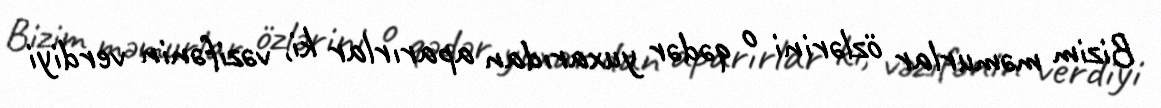
Bizim məmurlar özlərini o qədər yuxarıdan aparırlar ki, vəzifənin verdiyi